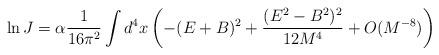
LaTeX: \begin{align*}\ln J = \alpha \frac{1}{16\pi^{2}} \int d^{4}x \left( - (E + B)^{2} + \frac{(E^{2} - B^{2})^{2}}{12 M^{4}} + O(M^{-8}) \right)\end{align*}